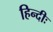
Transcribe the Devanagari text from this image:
हिन्दीः